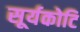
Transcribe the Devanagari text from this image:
सूर्यकोटि